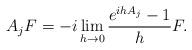
LaTeX: \begin{align*}A_jF=-i\lim_{h\to 0}\frac{e^{ihA_j}-1}{h}F.\end{align*}